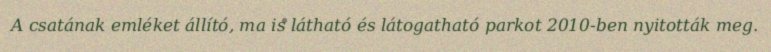
A csatának emléket állító, ma is látható és látogatható parkot 2010-ben nyitották meg.